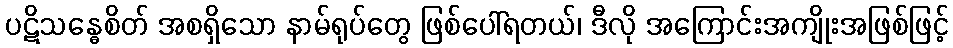
ပဋိသန္ဓေစိတ် အစရှိသော နာမ်ရုပ်တွေ ဖြစ်ပေါ်ရတယ်၊ ဒီလို အကြောင်းအကျိုးအဖြစ်ဖြင့်